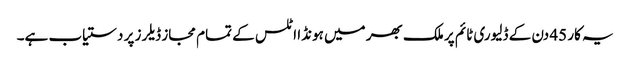
یہ کار 45 دن کے ڈلیوری ٹائم پر ملک بھر میں ہونڈا اٹلس کے تمام مجاز ڈیلرز پر دستیاب ہے۔